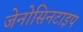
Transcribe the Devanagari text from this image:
जेनोसिनटाइप